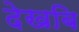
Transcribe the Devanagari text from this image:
देखबि